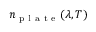
n _ { \mathrm { ~ p ~ l ~ a ~ t ~ e ~ } } ( \lambda , T )